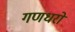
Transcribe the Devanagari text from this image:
गणधरों